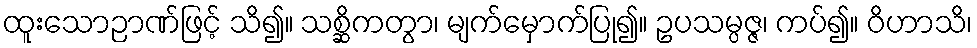
ထူးသောဉာဏ်ဖြင့် သိ၍။ သစ္ဆိကတွာ၊ မျက်မှောက်ပြု၍။ ဥပသမ္ပဇ္ဇ၊ ကပ်၍။ ဝိဟာသိ၊